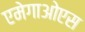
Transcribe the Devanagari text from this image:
एमेगाओएस